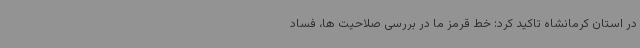
در استان کرمانشاه تاکید کرد: خط قرمز ما در بررسی صلاحیت ها، فساد